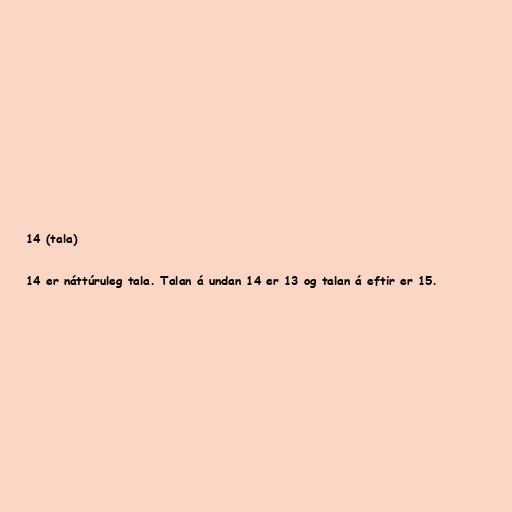
14 (tala)

14 er náttúruleg tala. Talan á undan 14 er 13 og talan á eftir er 15.